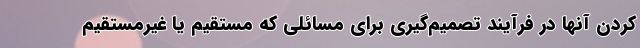
كردن آنها در فرآيند تصميم‌گيري براي مسائلي كه مستقيم يا غيرمستقيم